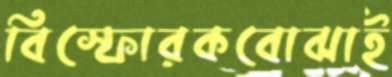
বিস্ফোরকবোঝাই